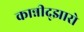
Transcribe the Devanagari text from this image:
कान्नीद्झारो